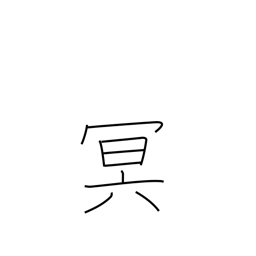
Meaning: dark